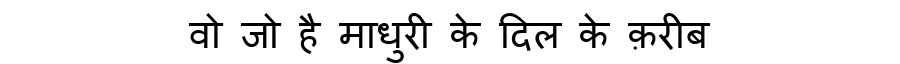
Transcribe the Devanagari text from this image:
वो जो है माधुरी के दिल के क़रीब